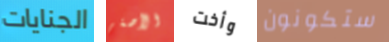
الجنايات الأصغر وأخت ستكونون